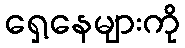
ရှေ့နေများကို